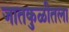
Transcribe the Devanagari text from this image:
जातकुळीतला